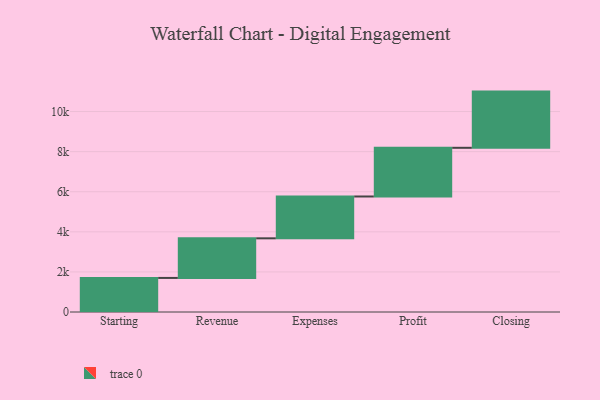
{"axis": {"x": "Step", "y": "Value"}, "legend": [""], "data": [{"x": "Starting", "y": 1700.0, "type": ""}, {"x": "Revenue", "y": 1976.0, "type": ""}, {"x": "Expenses", "y": 2087.0, "type": ""}, {"x": "Profit", "y": 2429.0, "type": ""}, {"x": "Closing", "y": 2804.0, "type": ""}]}